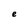
Character: e